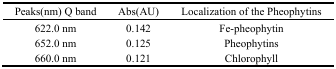
<table><thead><tr><td><b>Peaks(nm) Q band</b></td><td><b>Abs(AU)</b></td><td><b>Localization of the Pheophytins</b></td></tr></thead><tbody><tr><td>622.0 nm</td><td>0.142</td><td>Fe-pheophytin</td></tr><tr><td>652.0 nm</td><td>0.125</td><td>Pheophytins</td></tr><tr><td>660.0 nm</td><td>0.121</td><td>Chlorophyll</td></tr></tbody></table>